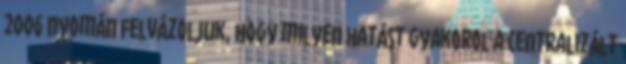
2006 nyomán felvázoljuk, hogy milyen hatást gyakorol a centralizált